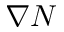
\nabla N